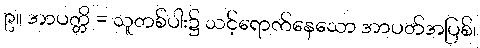
၉။ အာပတ္တိ = သူတစ်ပါး၌ သင့်ရောက်နေသော အာပတ်အပြစ်၊